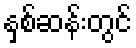
နှစ်ဆန်းတွင်